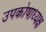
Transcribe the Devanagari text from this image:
उपकोषाध्यक्ष